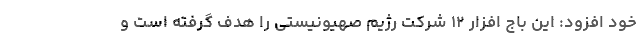
خود افزود: این باج افزار ۱۲ شرکت رژیم صهیونیستی را هدف گرفته است و